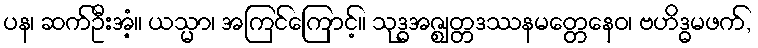
ပန၊ ဆက်ဦးအံ့။ ယသ္မာ၊ အကြင်ကြောင့်။ သုဒ္ဓအဇ္ဈတ္တဒဿနမတ္တေနေဝ၊ ဗဟိဒ္ဓမဖက်,